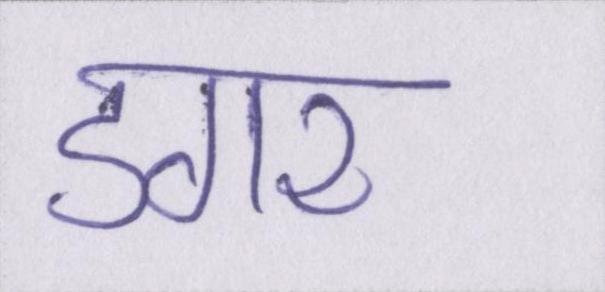
डगर